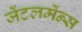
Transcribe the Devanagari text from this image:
जेंटलमेंन्स